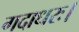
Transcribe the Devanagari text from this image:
गदाधरः।